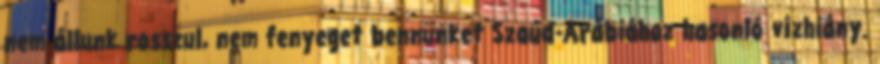
nem állunk rosszul, nem fenyeget bennünket Szaúd-Arábiához hasonló vízhiány.